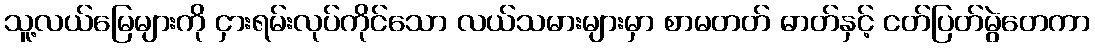
သူ့လယ်မြေများကို ငှားရမ်းလုပ်ကိုင်သော လယ်သမားများမှာ စာမတတ် ဓာတ်နှင့် ငတ်ပြတ်မွဲတေကာ